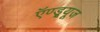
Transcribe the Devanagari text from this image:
ऍण्ड्र्यूज